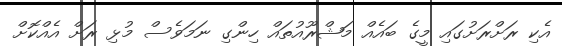
އެކި ރަށްރަށުގައި މީގެ ބައެއް މަޝްރޫއުތައް ހިންގި ނަމަވެސް މުޅި ރަށް އެއްކޮށް